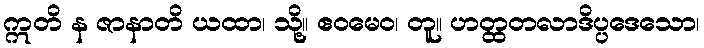
ဣတိ န ဇာနာတိ ယထာ၊ သို့။ ဧဝမေဝ၊ တူ။ ဟတ္ထတလာဒိပ္ပဒေသော၊